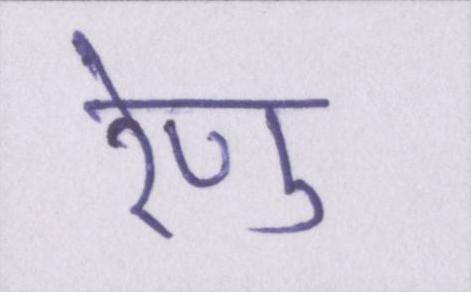
रेणु